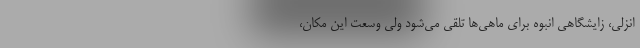
انزلی، زایشگاهی انبوه برای ماهی‌ها تلقی می‌شود ولی وسعت این مکان،